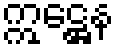
ဣဋ္ဌေန